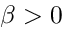
\beta > 0